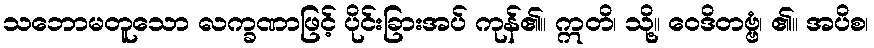
သဘောမတူသော လက္ခဏာဖြင့် ပိုင်းခြားအပ် ကုန်၏။ ဣတိ၊ သို့။ ဝေဒိတဗ္ဗံ၊ ၏။ အပိစ၊